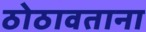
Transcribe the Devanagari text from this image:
ठोठावताना